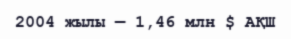
2004 жылы — 1,46 млн $ АҚШ